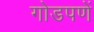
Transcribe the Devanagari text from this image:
गोडपणें